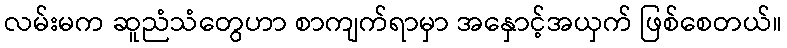
လမ်းမက ဆူညံသံတွေဟာ စာကျက်ရာမှာ အနှောင့်အယှက် ဖြစ်စေတယ်။